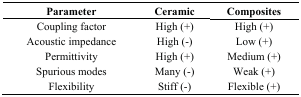
<table><thead><tr><td><b>Parameter</b></td><td><b>Ceramic</b></td><td><b>Composites</b></td></tr></thead><tbody><tr><td>Coupling factor</td><td>High (+)</td><td>High (+)</td></tr><tr><td>Acoustic impedance</td><td>High (-)</td><td>Low (+)</td></tr><tr><td>Permittivity</td><td>High (+)</td><td>Medium (+)</td></tr><tr><td>Spurious modes</td><td>Many (-)</td><td>Weak (+)</td></tr><tr><td>Flexibility</td><td>Stiff (-)</td><td>Flexible (+)</td></tr></tbody></table>